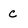
Character: c